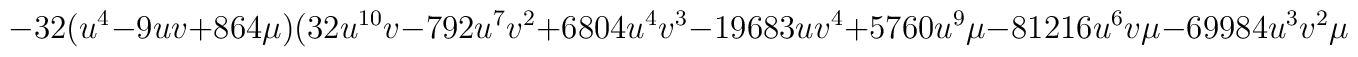
-32(u^4 -9uv+864\mu )(32u^{10}v-792u^7 v^2 +6804u^4 v^3 - 	19683uv^4 +5760u^9 \mu -81216u^6 v\mu -69984u^3 v^2 \mu